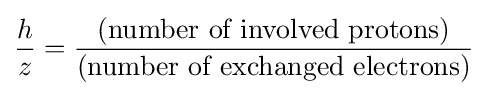
{\frac {h}{z}}={\frac {\text{(number of involved protons)}}{\text{(number of exchanged electrons)}}}